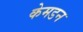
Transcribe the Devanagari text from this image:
केमडन